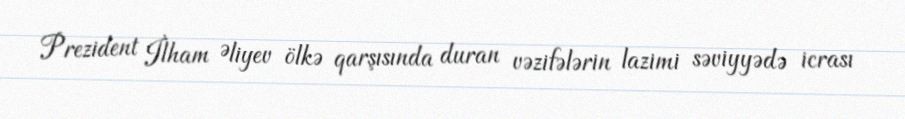
Prezident İlham Əliyev ölkə qarşısında duran vəzifələrin lazimi səviyyədə icrası